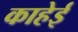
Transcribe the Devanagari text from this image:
काहेई